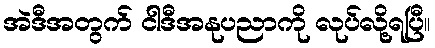
အဲဒီအတွက် ငါဒီအနုပညာကို လုပ်လို့ရပြီ။